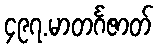
၄၉၇.မာတင်္ဂဇာတ်